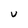
Character: U